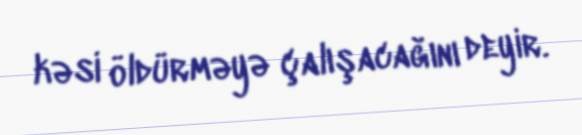
kəsi öldürməyə çalışacağını deyir.